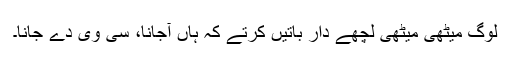
لوگ میٹھی میٹھی لچھے دار باتیں کرتے کہ ہاں آجانا، سی وی دے جانا۔